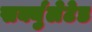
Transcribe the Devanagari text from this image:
सर्क्युलेटेड